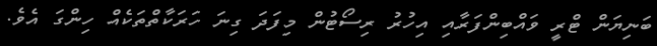
ބަނިޔަން ޓްރީ ވައްބިންފަރާއި އިހުރު ރިސޯޓުން މިފަދަ ގިނަ ހަރަކާތްތަކެއް ހިންގަ އެވެ.